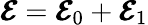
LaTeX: \pmb{{\cal E}}=\pmb{{\cal E}}_{0}+\pmb{{\cal E}}_{1}